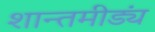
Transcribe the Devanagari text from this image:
शान्तमीड्यं